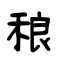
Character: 稂